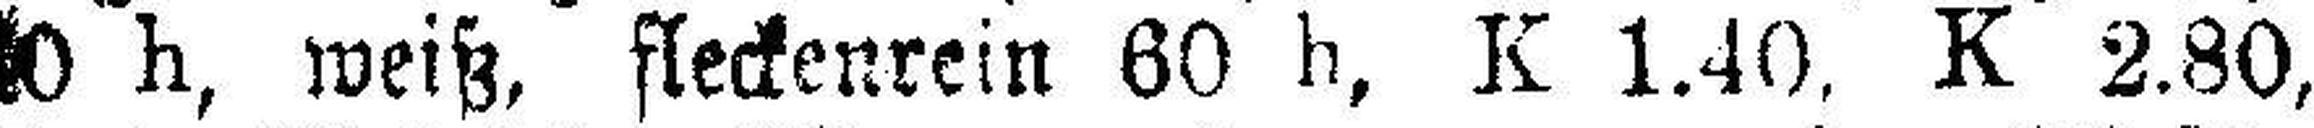
40 h, weiß, fleckenrein 60 h, K 1.40, K 2.80,